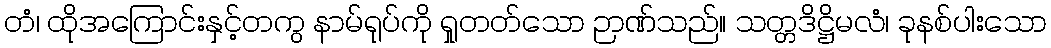
တံ၊ ထိုအကြောင်းနှင့်တကွ နာမ်ရုပ်ကို ရှုတတ်သော ဉာဏ်သည်။ သတ္တဒိဋ္ဌိမလံ၊ ခုနစ်ပါးသော